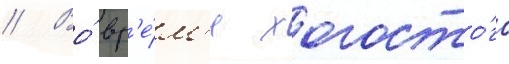
// Во́ вр'е́м'я холосто́го